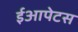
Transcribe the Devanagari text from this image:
ईआपेटस